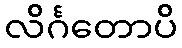
လိင်္ဂတောပိ